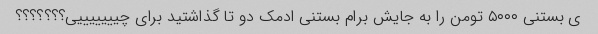
ی بستنی ۵۰۰۰ تومن را به جایش برام بستنی ادمک دو تا گذاشتید برای چیییییییی؟؟؟؟؟؟؟